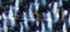
المميتة